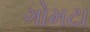
ગોમટા